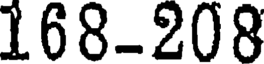
168-208